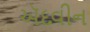
ઍદવીન